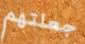
جعلتهم